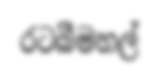
රටබීමහල්